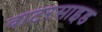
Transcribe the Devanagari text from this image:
वाटरसाइड